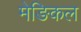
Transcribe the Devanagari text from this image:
मेङिकल